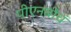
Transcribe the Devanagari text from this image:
पीएनबीचं